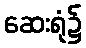
ဆေးရုံ၌